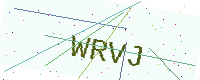
Text: WRVJ